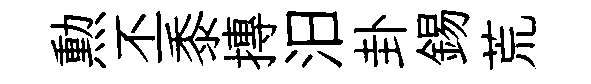
勲丕黍摶汨卦錫荒